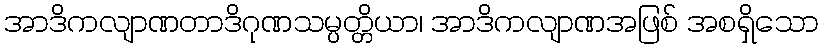
အာဒိကလျာဏတာဒိဂုဏသမ္ပတ္တိယာ၊ အာဒိကလျာဏအဖြစ် အစရှိသော